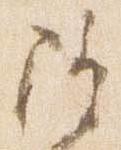
隆